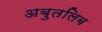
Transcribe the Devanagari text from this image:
अबुतलिब